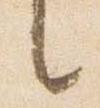
言